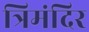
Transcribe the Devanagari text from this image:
त्रिमंदिर